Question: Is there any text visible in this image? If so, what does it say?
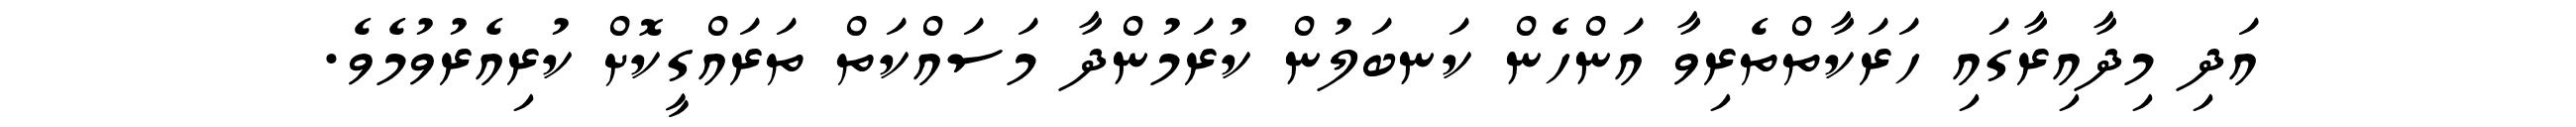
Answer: އަދި މިދާއިރާގައި ހަރަކާތްތެރިވާ އަންހެން ކަނބަލުން ކުރަމުންދާ މަސައްކަތް ތަރައްގީކޮށް ކުރިއެރުވުމެވެ.